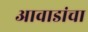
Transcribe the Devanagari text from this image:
आवाडांचा